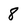
Character: 8